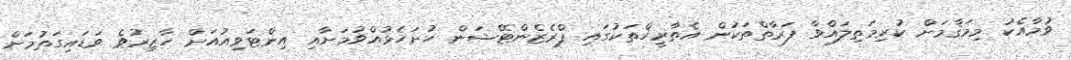
ވުމާއެކު މިމަޤާމަށް ކުރިމަތިލައްވާ ފަރާތްތަކުން އެތާރީޚްތަކުގައި ޕްރެޒެންޓޭޝަން ހުށަހެޅުއްވުމަށާއި އިންޓަވިއުއަށް ހާޒިރުވެ ވަޑައިގަތުމަށް